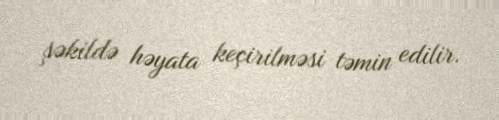
şəkildə həyata keçirilməsi təmin edilir.